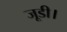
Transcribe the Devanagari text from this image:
जूडी।